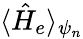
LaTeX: \langle\hat{H}_{e}\rangle_{\psi_{n}}